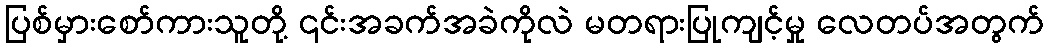
ပြစ်မှားစော်ကားသူတို့ ၎င်းအခက်အခဲကိုလဲ မတရားပြုကျင့်မှု လေတပ်အတွက်